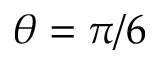
\theta = \pi / 6